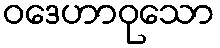
ဝဒေဟာဝုသော